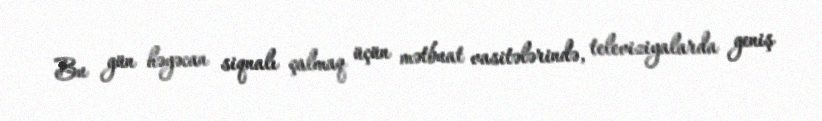
Bu gün həyəcan siqnalı çalmaq üçün mətbuat vasitələrində, televiziyalarda geniş